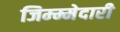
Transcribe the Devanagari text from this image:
जिम्म्मेदारी